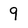
Character: 9